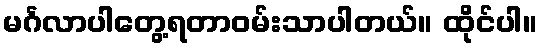
မင်္ဂလာပါတွေ့ရတာဝမ်းသာပါတယ်။ ထိုင်ပါ။